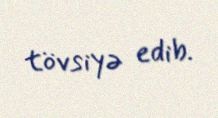
tövsiyə edib.